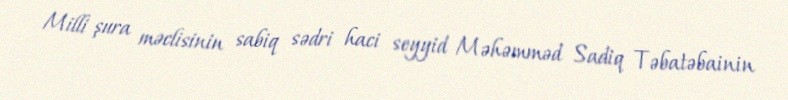
Milli şura məclisinin sabiq sədri haci seyyid Məhəmməd Sadiq Təbatəbainin